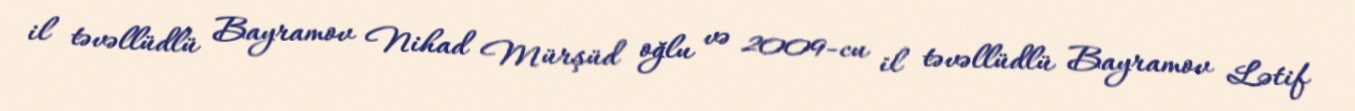
il təvəllüdlü Bayramov Nihad Mürşüd oğlu və 2009-cu il təvəllüdlü Bayramov Lətif